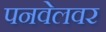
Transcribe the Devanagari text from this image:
पनवेलवर